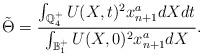
LaTeX: \begin{align*}\tilde \Theta= \frac{\int_{\mathbb Q_4^+} U(X,t)^2 x_{n+1}^adXdt }{\int_{\mathbb B_1^+} U(X,0)^2 x_{n+1}^a dX}.\end{align*}